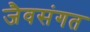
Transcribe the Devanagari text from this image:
जैवसंगत